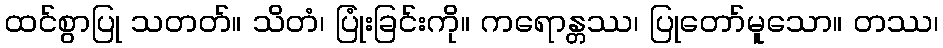
ထင်စွာပြု သတတ်။ သိတံ၊ ပြုံးခြင်းကို။ ကရောန္တဿ၊ ပြုတော်မူသော။ တဿ၊